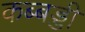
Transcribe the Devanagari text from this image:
कब्बड्डी